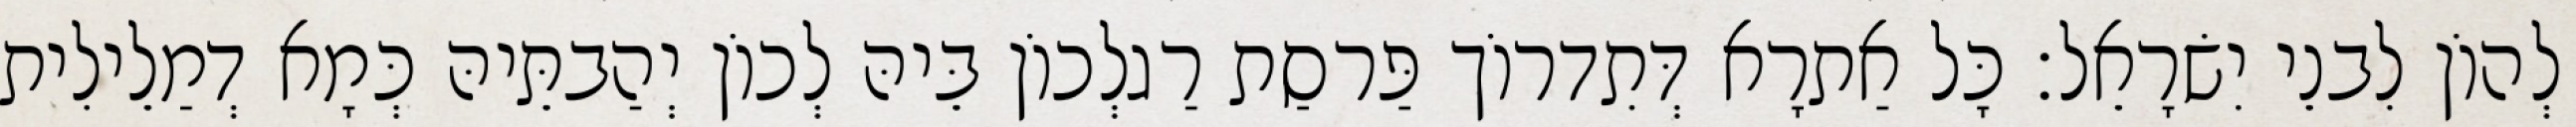
לְהוֹן לִבנֵי יִשׂרָאֵל׃ כָּל אַתרָא דְּתִדרוֹך פַּרסַת רַגלְכוֹן בֵּיהּ לְכוֹן יְהַבתֵּיהּ כְּמָא דְמַלֵילִית